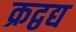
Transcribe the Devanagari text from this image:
क्रद्वद्य